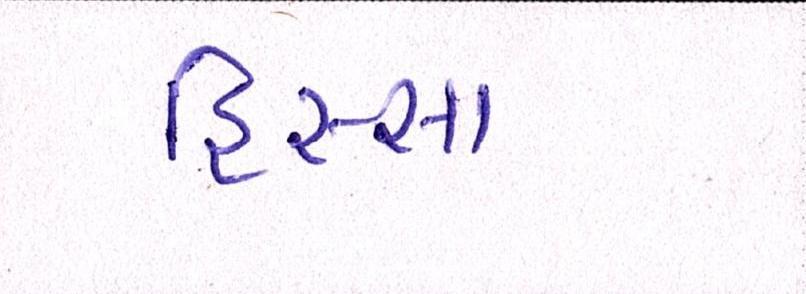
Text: હિસ્સા